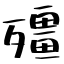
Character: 殭